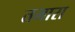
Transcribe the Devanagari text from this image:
तमारा